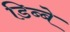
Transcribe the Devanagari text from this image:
डिब्बे